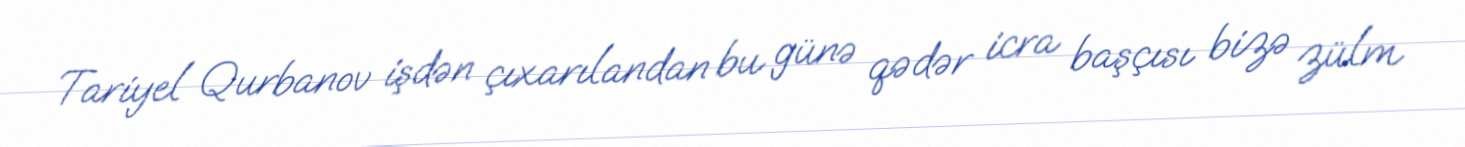
Tariyel Qurbanov işdən çıxarılandan bu günə qədər icra başçısı bizə zülm